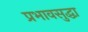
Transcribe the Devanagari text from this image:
प्रभावसुद्धा